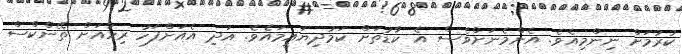
ކުރުމަށް ނިންމިއެވެ. އެންމެނަށްވެސް އެ ކާޑުތަށް ކަމުދިޔައީމައެވެ. އަދި އެއަށްފަހު ރިހާއަށް ތޭންކްސް